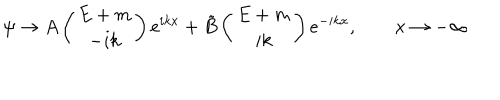
LaTeX: \psi \to A \left( \begin{array} { c } { { E + m } } \\ { { - i k } } \\ \end{array} \right) e ^ { i k x } + \tilde { B } \left( \begin{array} { c } { { E + m } } \\ { { i k } } \\ \end{array} \right) e ^ { - i k x } , \qquad x \to - \infty